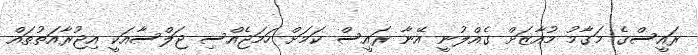
ރައީސްގެ މަގާމު މުއާޒަށް ގެއްލުނީ އޭނާ ރައީސް ކަމަށް ހަމަޖެއްސި ޖަލްސާއަކީ އިޖުރާއަތުތައް